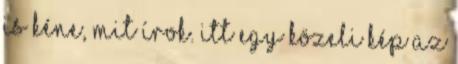
is kéne, mit írok. Itt egy közeli kép az